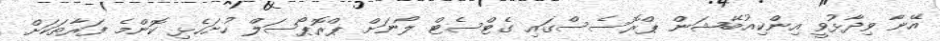
އޭނާ ވިދާޅުވީ އިންކިއުބޭޝަން ޕްރޮސެސްގައި ގެޓްސެޓް ލޯނަށް ޕްރޮޕޯސަލް ހުށަހެޅި ކޮންމެ ފަރާތަކަށް